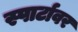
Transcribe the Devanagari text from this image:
स्पार्टावर